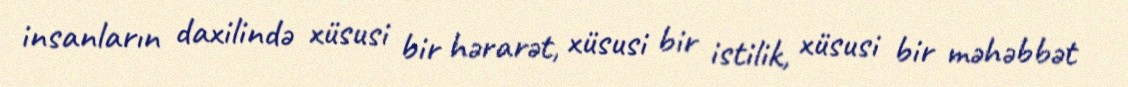
insanların daxilində xüsusi bir hərarət, xüsusi bir istilik, xüsusi bir məhəbbət